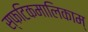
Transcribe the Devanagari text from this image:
स्फटिकमालिकाम्